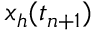
x _ { h } ( t _ { n + 1 } )